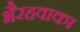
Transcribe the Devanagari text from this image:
भैरहवाका